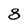
Character: 8